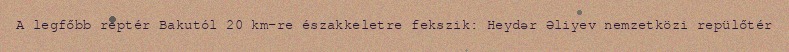
A legfőbb reptér Bakutól 20 km-re északkeletre fekszik: Heydər Əliyev nemzetközi repülőtér